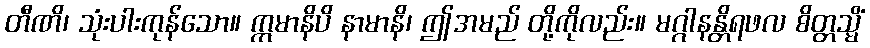
တီဏိ၊ သုံးပါးကုန်သော။ ဣမာနိပိ နာမာနိ၊ ဤအမည် တို့ကိုလည်း။ မဂ္ဂါနန္တိရဖလ စိတ္တသ္မိံ